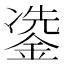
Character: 𮷳